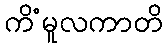
ကိံမူလကာတိ